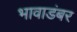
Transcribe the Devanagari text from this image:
भावाडंबर